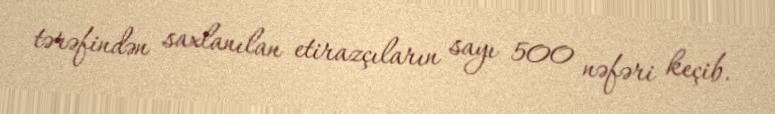
tərəfindən saxlanılan etirazçıların sayı 500 nəfəri keçib.